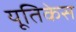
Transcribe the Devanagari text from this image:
यूतिकेस